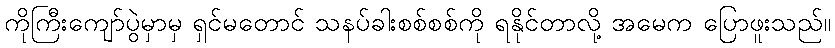
ကိုကြီးကျော်ပွဲမှာမှ ရှင်မတောင် သနပ်ခါးစစ်စစ်ကို ရနိုင်တာလို့ အမေက ပြောဖူးသည်။